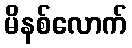
မိနစ်လောက်